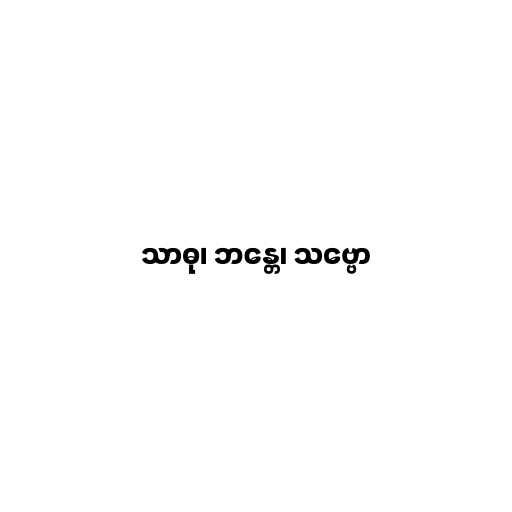
သာဓု၊ ဘန္တေ၊ သဗ္ဗော